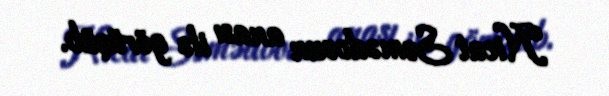
Nicat Səmədovun anası ilə görüşüb.